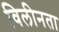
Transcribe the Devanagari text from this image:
विलीनता